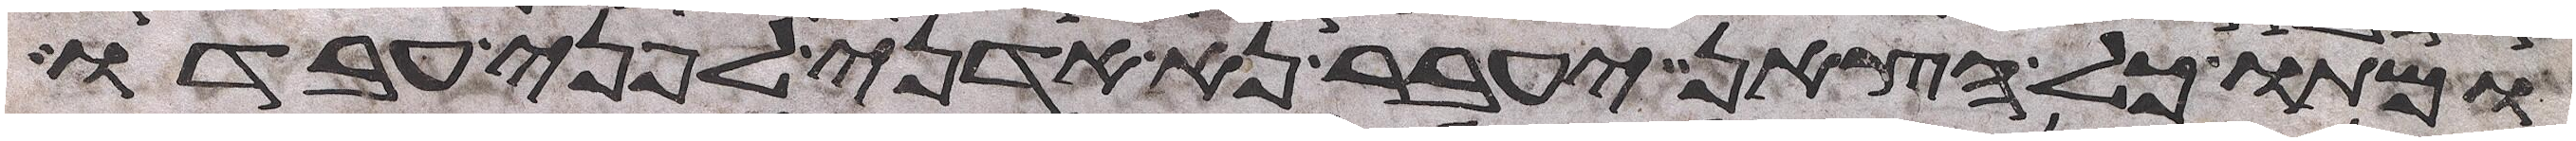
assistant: ומתו כל הצאן יעבר נא אדני לפני עבדו